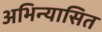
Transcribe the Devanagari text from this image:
अभिन्यासित